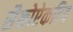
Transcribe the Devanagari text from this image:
सैकोऐकटिव